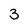
Character: 3